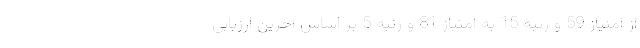
از امتیاز 59 و رتبه 15 به امتیاز 81 و رتبه 5 بر اساس آخرین ارزیابی